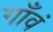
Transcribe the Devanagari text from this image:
गाँवं